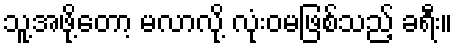
သူ့အဖို့တော့ မလာလို့ လုံးဝမဖြစ်သည့် ခရီး။